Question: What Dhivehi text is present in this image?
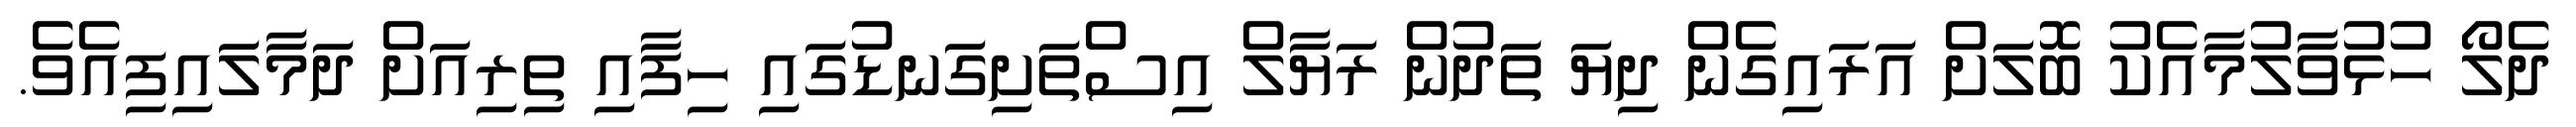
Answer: ދެލޯ ހުޅުވާލުމާއެކު ބޮލަށް އަރައިގެން ދިޔަ ތަދުން ރަޔާލް އިސްތަށިގަނޑުގައި ހިފާއި ތިރިއަށް ދަމާލައިފިއެވެ.